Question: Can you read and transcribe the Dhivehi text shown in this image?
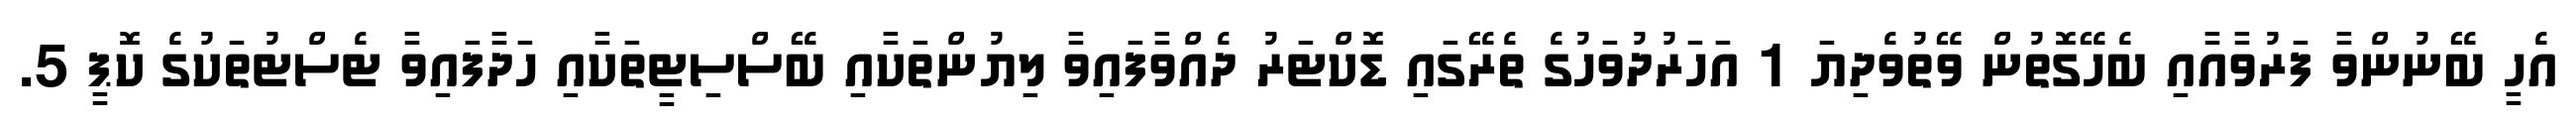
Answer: އެހީ ބޭނުންވާ ފަރުވާއާއި ބެހޭގޮތުން ވޭތުވެދިޔަ 1 އަހަރުދުވަހުގެ ތެރޭގައި ޑޮކްޓަރު ދެއްވާފައިވާ ލިޔުންތަކާއި ބޭސްސިޓީތަކާއި ހަދާފައިވާ ޓެސްޓުތަކުގެ ކޮޕީ 5.